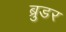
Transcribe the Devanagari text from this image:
ब्रुडर